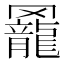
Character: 𦌼